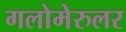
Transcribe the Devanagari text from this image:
गलोमेरुलर